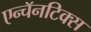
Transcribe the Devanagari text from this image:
एन्चॅनटिक्स